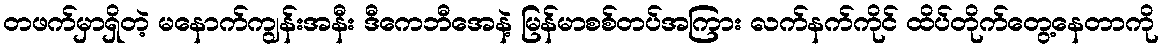
တဖက်မှာရှိတဲ့ မနောက်ကျွန်းအနီး ဒီကေဘီအေနဲ့ မြန်မာစစ်တပ်အကြား လက်နက်ကိုင် ထိပ်တိုက်တွေ့နေတာကို